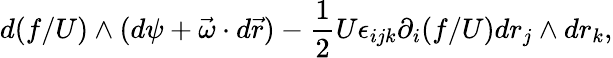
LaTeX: d(f/U)\wedge(d\psi+\vec{\omega}\cdot d\vec{r})-\frac{1}{2}U\epsilon_{ijk}\partial_{i}(f/U)dr_{j}\wedge dr_{k},